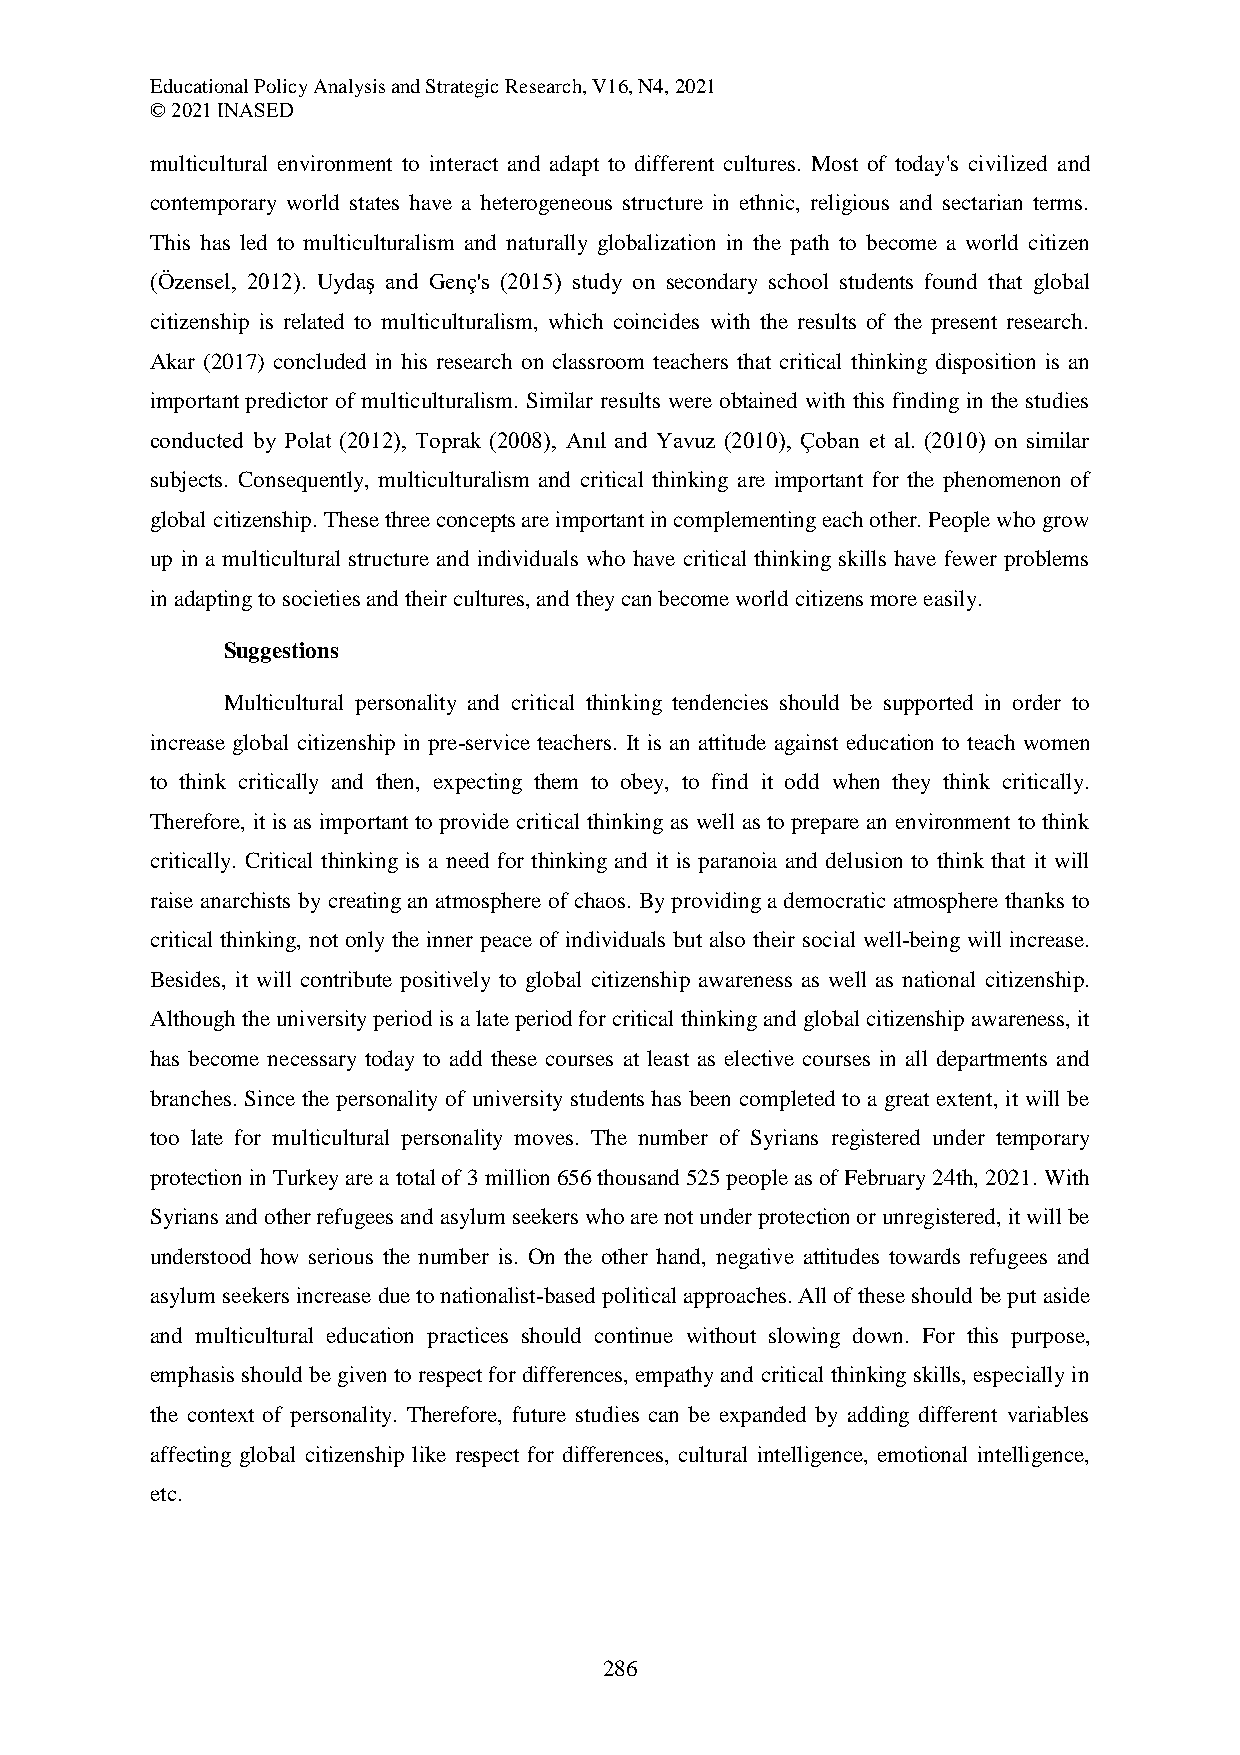
Educational Policy Analysis and Strategic Research, V16, N4, 2021
 © 2021 INASED
 multicultural environment to interact and adapt to different cultures. Most of today's civilized and
 contemporary world states have a heterogeneous structure in ethnic, religious and sectarian terms.
 This has led to multiculturalism and naturally globalization in the path to become a world citizen
 (Özensel, 2012). Uydaş and Genç's (2015) study on secondary school students found that global
 citizenship is related to multiculturalism, which coincides with the results of the present research.
 Akar (2017) concluded in his research on classroom teachers that critical thinking disposition is an
 important predictor of multiculturalism. Similar results were obtained with this finding in the studies
 conducted by Polat (2012), Toprak (2008), Anıl and Yavuz (2010), Çoban et al. (2010) on similar
 subjects. Consequently, multiculturalism and critical thinking are important for the phenomenon of
 global citizenship. These three concepts are important in complementing each other. People who grow
 up in a multicultural structure and individuals who have critical thinking skills have fewer problems
 in adapting to societies and their cultures, and they can become world citizens more easily.
 Suggestions
 Multicultural personality and critical thinking tendencies should be supported in order to
 increase global citizenship in pre-service teachers. It is an attitude against education to teach women
 to think critically and then, expecting them to obey, to find it odd when they think critically.
 Therefore, it is as important to provide critical thinking as well as to prepare an environment to think
 critically. Critical thinking is a need for thinking and it is paranoia and delusion to think that it will
 raise anarchists by creating an atmosphere of chaos. By providing a democratic atmosphere thanks to
 critical thinking, not only the inner peace of individuals but also their social well-being will increase.
 Besides, it will contribute positively to global citizenship awareness as well as national citizenship.
 Although the university period is a late period for critical thinking and global citizenship awareness, it
 has become necessary today to add these courses at least as elective courses in all departments and
 branches. Since the personality of university students has been completed to a great extent, it will be
 too late for multicultural personality moves. The number of Syrians registered under temporary
 protection in Turkey are a total of 3 million 656 thousand 525 people as of February 24th, 2021. With
 Syrians and other refugees and asylum seekers who are not under protection or unregistered, it will be
 understood how serious the number is. On the other hand, negative attitudes towards refugees and
 asylum seekers increase due to nationalist-based political approaches. All of these should be put aside
 and multicultural education practices should continue without slowing down. For this purpose,
 emphasis should be given to respect for differences, empathy and critical thinking skills, especially in
 the context of personality. Therefore, future studies can be expanded by adding different variables
 affecting global citizenship like respect for differences, cultural intelligence, emotional intelligence,
 etc.
 286